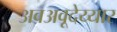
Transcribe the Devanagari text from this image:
अवअवूदेय्यार